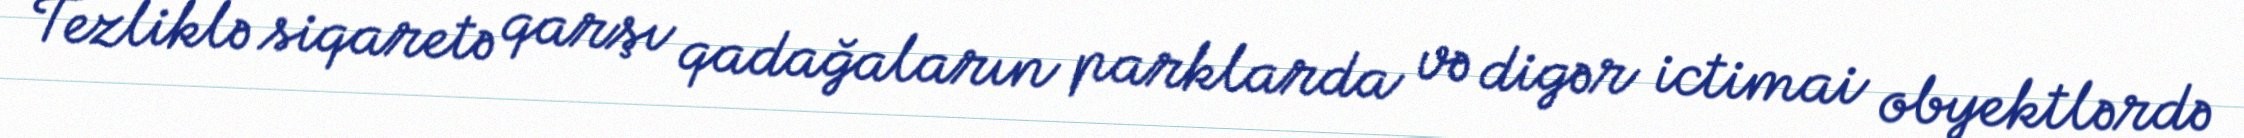
Tezliklə siqaretə qarşı qadağaların parklarda və digər ictimai obyektlərdə